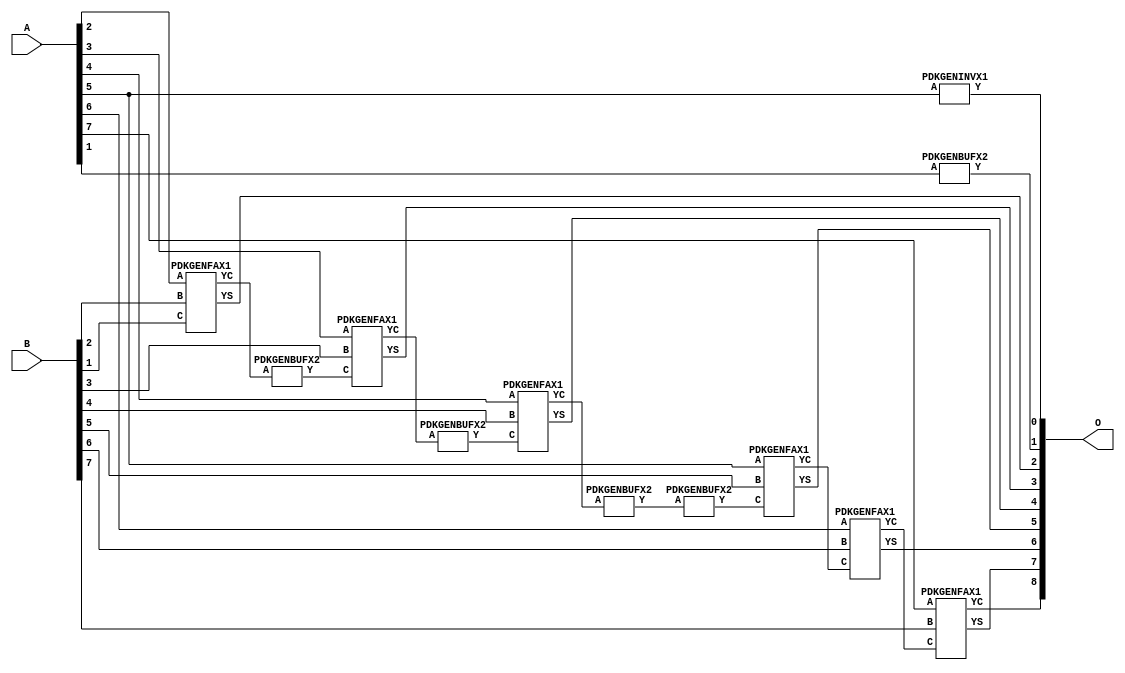
// Library = EvoApprox8b
// Circuit = add8_037
// Area   (180) = 856
// Delay  (180) = 1.550
// Power  (180) = 311.80
// Area   (45) = 67
// Delay  (45) = 0.620
// Power  (45) = 29.28
// Nodes = 12
// HD = 98048
// MAE = 1.12500
// MSE = 2.00000
// MRE = 0.62 %
// WCE = 3
// WCRE = 150 %
// EP = 75.0 %

module add8_037(A, B, O);
  input [7:0] A;
  input [7:0] B;
  output [8:0] O;
  wire [2031:0] N;

  assign N[0] = A[0];
  assign N[1] = A[0];
  assign N[2] = A[1];
  assign N[3] = A[1];
  assign N[4] = A[2];
  assign N[5] = A[2];
  assign N[6] = A[3];
  assign N[7] = A[3];
  assign N[8] = A[4];
  assign N[9] = A[4];
  assign N[10] = A[5];
  assign N[11] = A[5];
  assign N[12] = A[6];
  assign N[13] = A[6];
  assign N[14] = A[7];
  assign N[15] = A[7];
  assign N[16] = B[0];
  assign N[17] = B[0];
  assign N[18] = B[1];
  assign N[19] = B[1];
  assign N[20] = B[2];
  assign N[21] = B[2];
  assign N[22] = B[3];
  assign N[23] = B[3];
  assign N[24] = B[4];
  assign N[25] = B[4];
  assign N[26] = B[5];
  assign N[27] = B[5];
  assign N[28] = B[6];
  assign N[29] = B[6];
  assign N[30] = B[7];
  assign N[31] = B[7];

  PDKGENINVX1 n76(.A(N[10]), .Y(N[76]));
  PDKGENBUFX2 n82(.A(N[2]), .Y(N[82]));
  PDKGENFAX1 n132(.A(N[4]), .B(N[20]), .C(N[18]), .YS(N[132]), .YC(N[133]));
  PDKGENBUFX2 n174(.A(N[133]), .Y(N[174]));
  PDKGENFAX1 n182(.A(N[6]), .B(N[22]), .C(N[174]), .YS(N[182]), .YC(N[183]));
  PDKGENBUFX2 n208(.A(N[183]), .Y(N[208]));
  PDKGENFAX1 n232(.A(N[8]), .B(N[24]), .C(N[208]), .YS(N[232]), .YC(N[233]));
  PDKGENBUFX2 n248(.A(N[233]), .Y(N[248]));
  PDKGENBUFX2 n268(.A(N[248]), .Y(N[268]));
  assign N[269] = N[268];
  PDKGENFAX1 n282(.A(N[10]), .B(N[26]), .C(N[269]), .YS(N[282]), .YC(N[283]));
  PDKGENFAX1 n332(.A(N[12]), .B(N[28]), .C(N[283]), .YS(N[332]), .YC(N[333]));
  PDKGENFAX1 n382(.A(N[14]), .B(N[30]), .C(N[333]), .YS(N[382]), .YC(N[383]));

  assign O[0] = N[76];
  assign O[1] = N[82];
  assign O[2] = N[132];
  assign O[3] = N[182];
  assign O[4] = N[232];
  assign O[5] = N[282];
  assign O[6] = N[332];
  assign O[7] = N[382];
  assign O[8] = N[383];

endmodule
/* mod */
module PDKGENFAX1( input A, input B, input C, output YS, output YC );
    assign YS = (A ^ B) ^ C;
    assign YC = (A & B) | (B & C) | (A & C);
endmodule
/* mod */
module PDKGENBUFX2(input A, output Y );
     assign Y = A;
endmodule
/* mod */
module PDKGENINVX1(input A, output Y );
     assign Y = ~A;
endmodule